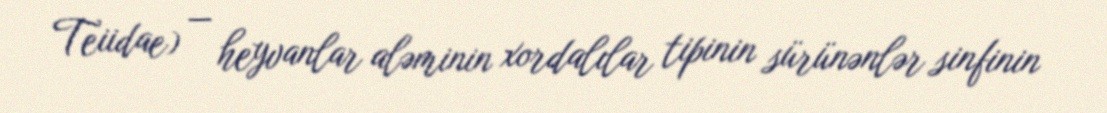
Teiidae) — heyvanlar aləminin xordalılar tipinin sürünənlər sinfinin